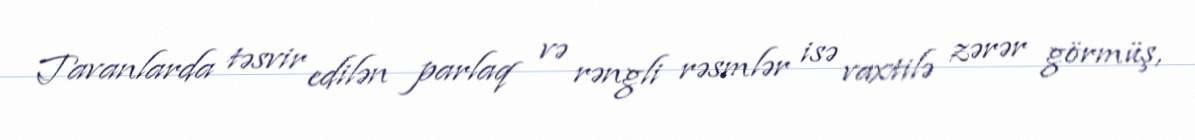
Tavanlarda təsvir edilən parlaq və rəngli rəsmlər isə vaxtilə zərər görmüş,